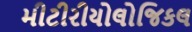
મીટીરીયોલોજિકલ